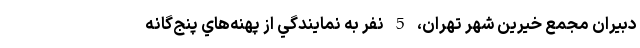
دبيران مجمع خيرين شهر تهران، 5 نفر به نمايندگي از پهنه‌هاي پنج‌گانه